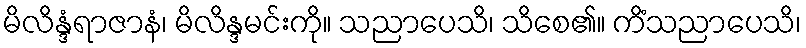
မိလိန္ဒံရာဇာနံ၊ မိလိန္ဒမင်းကို။ သညာပေသိ၊ သိစေ၏။ ကိံသညာပေသိ၊